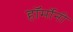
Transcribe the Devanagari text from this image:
हॉर्मोनी